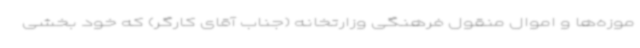
موزه‌ها و اموال منقول فرهنگی وزارتخانه (جناب آقای کارگر) که خود بخشی